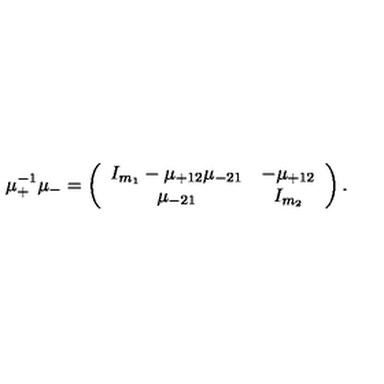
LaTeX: \mu _ { + } ^ { - 1 } \mu _ { - } = \left( \begin{array} { c c } { I _ { m _ { 1 } } - \mu _ { + 1 2 } \mu _ { - 2 1 } } & { - \mu _ { + 1 2 } } \\ { \mu _ { - 2 1 } } & { I _ { m _ { 2 } } } \\ \end{array} \right) .